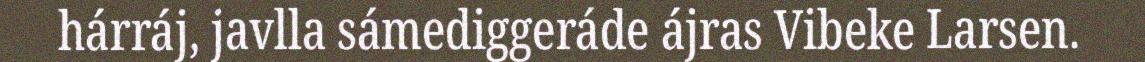
hárráj, javlla sámediggeráde ájras Vibeke Larsen.